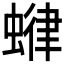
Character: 𧍶